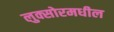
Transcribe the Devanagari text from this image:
लुक्सोरमधील